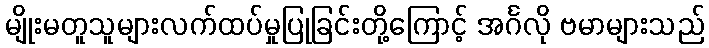
မျိုးမတူသူများလက်ထပ်မှုပြုခြင်းတို့ကြောင့် အင်္ဂလို ဗမာများသည်